Report on the working of the Ranchi Indian Mental Hospital, Kanke, in Bihar and Orissa - 1930-1940
Year: 1930
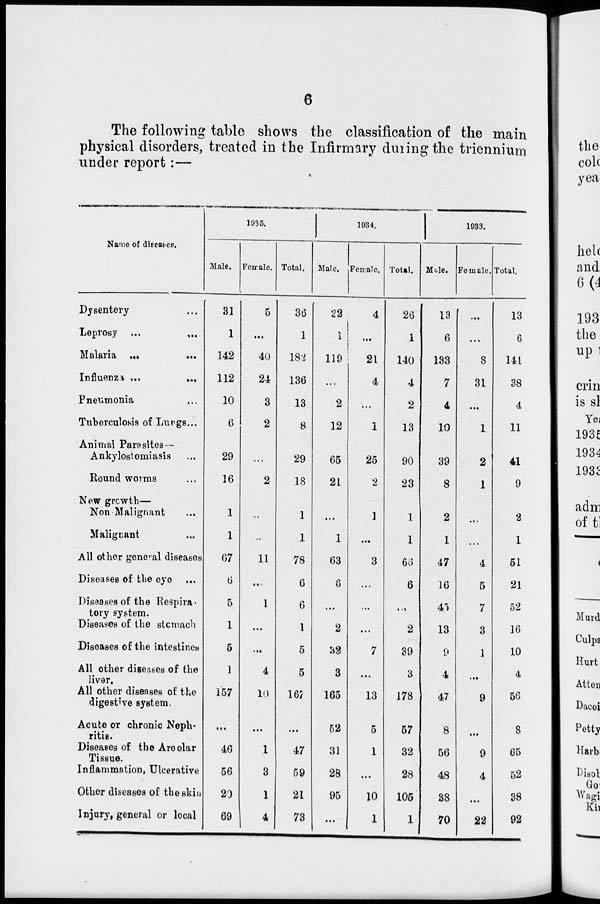
6
The following table shows the classification of the main
physical disorders, treated in the Infirmary during the triennium
under report:—
Name of diseases.
Dysentery ...
Leprosy ...
...
Malaria ... ...
Influenza ... ...
Pneumonia ...
Tuberculosis of Lungs...
Animal Parasites —
Ankylostomiasis ...
Round worms ...
New growth—
Non Malignant ...
Malignant ...
All other general diseases
Diseases of the eye ...
Diseases of the Respira-
tory system.
Diseases of the stcmach
Diseases of the intestines
All other diseases of the
liver.
All other diseases of the
digestive system.
Acute or chronic Neph-
ritis.
Diseases of the Areolar
Tissue.
Inflammation, Ulcerative
Other diseases of the skin
Injury, general or local
1935.
Male.
31
1
142
112
10
6
29
16
1
1
67
6
5
1
5
1
157
...
46
56
20
69
Female.
5
...
40
24
3
2
...
2
...
...
11
...
1
...
...
4
10
...
1
3
1
4
Total.
36
1
182
136
13
8
29
18
1
1
78
6
6
1
5
5
167
...
47
59
21
73
1934.
Male.
22
1
119
...
2
12
65
21
...
1
63
6
...
2
32
3
165
52
31
28
95
...
Female.
4
...
21
4
...
1
25
2
1
...
3
...
...
...
7
...
13
5
1
...
10
1
Total.
26
1
140
4
2
13
90
23
1
1
66
6
...
2
39
3
178
57
32
28
105
1
1933.
Male.
13
6
133
7
4
10
39
8
2
1
47
16
45
13
9
4
47
8
56
48
38
70
Female.
...
...
8
31
...
1
2
1
...
...
4
5
7
3
1
...
9
...
9
4
...
22
Total.
13
6
141
38
4
11
41
9
2
1
51
21
52
16
10
4
56
8
65
52
38
92